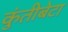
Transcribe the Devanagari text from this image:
कुंतीबेटा